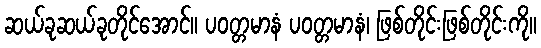
ဆယ်ခုဆယ်ခုတိုင်အောင်။ ပဝတ္တမာနံ ပဝတ္တမာနံ၊ ဖြစ်တိုင်းဖြစ်တိုင်းကို။